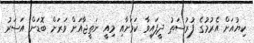
ކިޔުއަށް އެރުމުގެ ފުރުސަތު ދީފައިވާ ކަމަށާއި މިއީ ނަތީޖާއަށް ވަރަށް ބޮޑަށް އަސަރު